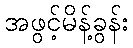
အဖွင့်မိန့်ခွန်း